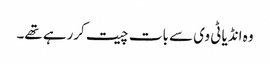
وہ انڈیا ٹی وی سے بات چیت کررہے تھے۔